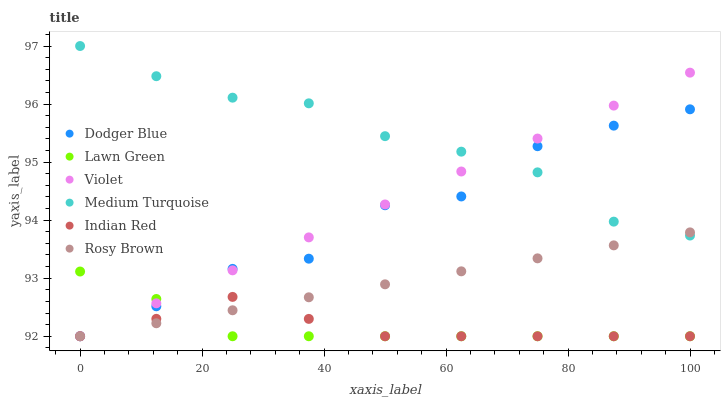
| xaxis_label | Dodger Blue | Lawn Green | Violet | Medium Turquoise | Indian Red | Rosy Brown |
 | --- | --- | --- | --- | --- | --- | --- |
 | 0 | 92 | 93.1 | 92 | 97 | 92 | 92 |
 | 12.5 | 92.5 | 92.6 | 92.6 | 96.5 | 92.3 | 92.2 |
 | 25 | 93.2 | 92 | 93.1 | 96.1 | 92.7 | 92.4 |
 | 37.5 | 93.3 | 92 | 93.7 | 96 | 92.3 | 92.7 |
 | 50 | 94.3 | 92 | 94.3 | 95.4 | 92 | 92.9 |
 | 62.5 | 94.4 | 92 | 94.8 | 95.2 | 92 | 93.1 |
 | 75 | 95.3 | 92 | 95.4 | 94.8 | 92 | 93.3 |
 | 87.5 | 95.6 | 92 | 96 | 94 | 92 | 93.6 |
 | 100 | 95.9 | 92 | 96.5 | 93.7 | 92 | 93.8 |